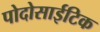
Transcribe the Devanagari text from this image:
पोदोसाईटिक